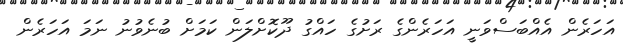
އަހަރެން އެއްބަސްވަނީ އަހަރެންގެ ރަށުގެ ހައްގު ދޫކޮށްލަން ކަމަށް ބުނެވުނު ނަމަ އަހަރެން